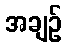
အချဉ်